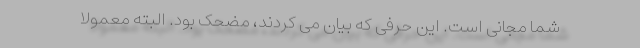
شما مجانی است. این حرفی که بیان می کردند، مضحک بود. البته معمولاً